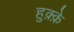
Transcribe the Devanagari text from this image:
हुक़्क़े